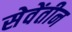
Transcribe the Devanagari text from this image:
सेवेंतीन